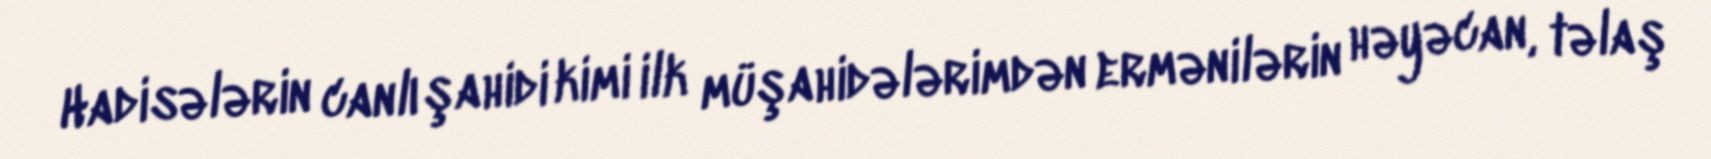
Hadisələrin canlı şahidi kimi ilk müşahidələrimdən ermənilərin həyəcan, təlaş